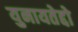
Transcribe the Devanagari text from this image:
युनायतेद्दो